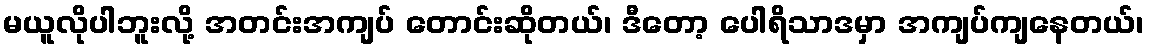
မယူလိုပါဘူးလို့ အတင်းအကျပ် တောင်းဆိုတယ်၊ ဒီတော့ ပေါရိသာဒမှာ အကျပ်ကျနေတယ်၊